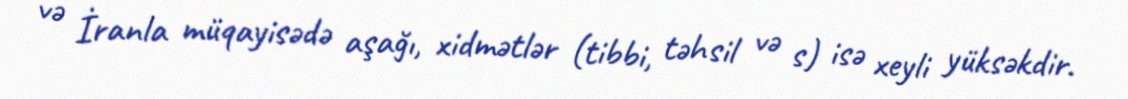
və İranla müqayisədə aşağı, xidmətlər (tibbi, təhsil və s) isə xeyli yüksəkdir.